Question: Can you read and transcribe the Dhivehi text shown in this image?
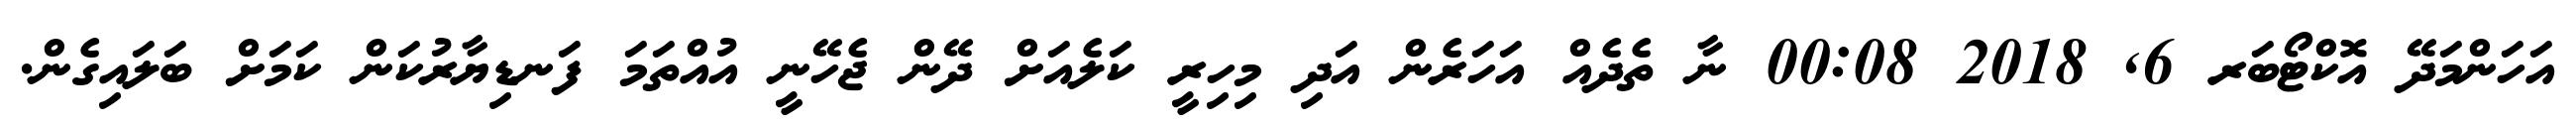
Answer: އަހަންމަދޭ އޮކްޓޯބަރ 6, 2018 00:08 ނާ ތެދެއް އަހަރެން އަދި މިހިރީ ކަލެއަށް ދޭން ޖެހޭނީ އުއްތަމަ ފަނޑިޔާރުކަން ކަމަށް ބަލައިގެން.